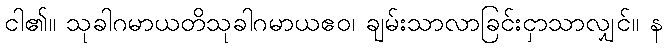
ငါ၏။ သုခါဂမာယတိသုခါဂမာယဧဝ၊ ချမ်းသာလာခြင်းငှာသာလျှင်။ န